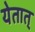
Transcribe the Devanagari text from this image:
येतात्